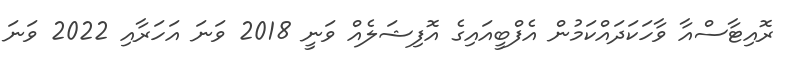
ރޮއިޓާސްއާ ވާހަކަދައްކަމުން އެފްބީއައިގެ އޮފިޝަލެއް ވަނީ 2018 ވަނަ އަހަރާއި 2022 ވަނަ